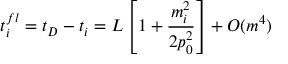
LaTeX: t _ { i } ^ { f l } = t _ { D } - t _ { i } = L \left[ 1 + \frac { m _ { i } ^ { 2 } } { 2 p _ { 0 } ^ { 2 } } \right] + O ( m ^ { 4 } )